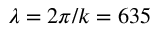
\lambda = 2 \pi / k = 6 3 5